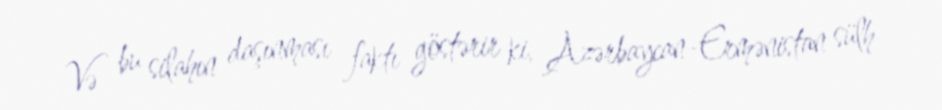
Və bu silahın daşınması faktı göstərir ki, Azərbaycan-Ermənistan sülh